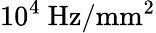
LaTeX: \mathrm{10^{4}~Hz/mm^{2}}